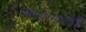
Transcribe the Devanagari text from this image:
शिवप्रेरणायात्रेचे